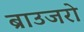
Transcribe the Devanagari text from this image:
ब्राउजरो